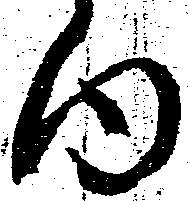
内